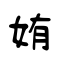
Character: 姷